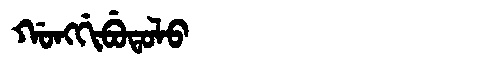
Manchu: ᡤᠣᠩᡤᡳᠪᡠᡨᠣᠯᠣ
Romanization: GONGGIBUTOLO